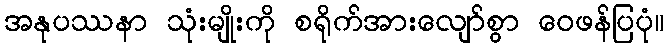
အနုပဿနာ သုံးမျိုးကို စရိုက်အားလျော်စွာ ဝေဖန်ပြပုံ။